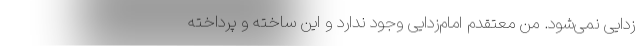
زدایی نمی‌شود. من معتقدم امام‌زدایی وجود ندارد و این ساخته و پرداخته